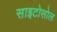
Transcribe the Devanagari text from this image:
साइटोसोल